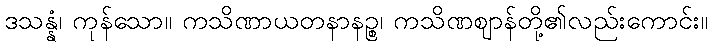
ဒသန္နံ၊ ကုန်သော။ ကသိဏာယတနာနဉ္စ၊ ကသိဏဈာန်တို့၏လည်းကောင်း။